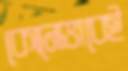
কোনোভাবেই